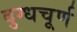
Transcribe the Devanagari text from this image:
दुग्धचूर्ण